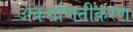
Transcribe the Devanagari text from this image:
अंकगणितीकरण